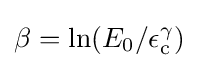
\beta =\ln(E_{0}/\epsilon _{\text{c}}^{\gamma })